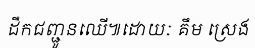
ដឹកជញ្ជូនឈើ៕ដោយៈ គឹម ស្រេង